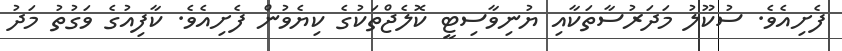
ފެށިއެވެ. ސުކޫލު މަދަރުސާތަކާއި ޔުނިވާސިޓީ ކޮލެޖްތަކުގެ ކިޔެވުން ފެށިއެވެ. ކާފިއުގެ ވަގުތު މަދު